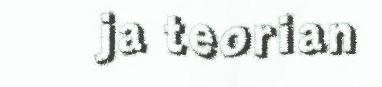
ja teorian